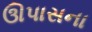
ઊપાસના